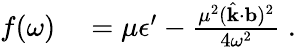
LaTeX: \begin{array}{rl}{f(\omega)}&{{}=\mu\epsilon^{\prime}-\frac{\mu^{2}(\hat{\mathbf{k}}\cdot{\mathbf{b}})^{2}}{4\omega^{2}}\; .}\end{array}